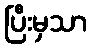
ပြီးမှသာ